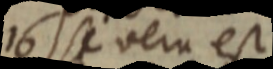
16 si veru est